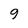
Character: 9